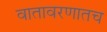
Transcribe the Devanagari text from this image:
वातावरणातच